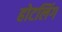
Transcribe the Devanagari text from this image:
होटलिंग